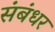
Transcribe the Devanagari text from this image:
संबंधर